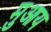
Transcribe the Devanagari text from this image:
मुआय